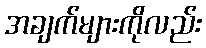
အချက်များကိုလည်း